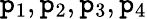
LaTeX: \mathtt{p}_{1},\mathtt{p}_{2},\mathtt{p}_{3},\mathtt{p}_{4}